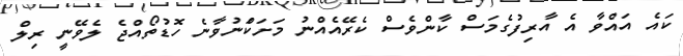
ކައެ އައްވާ އެ އާރިފުގެމަސް ކާންވެސް ކެރޭއެއްނު މަށަކަްނުވާނެ ހޮޑުތޯއްޖެ ލެވޭނީ ރިލް